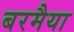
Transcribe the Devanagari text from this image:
बरमैया